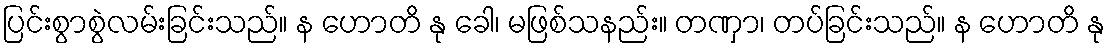
ပြင်းစွာစွဲလမ်းခြင်းသည်။ န ဟောတိ နု ခေါ၊ မဖြစ်သနည်း။ တဏှာ၊ တပ်ခြင်းသည်။ န ဟောတိ နု